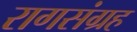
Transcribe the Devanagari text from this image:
रागसंग्रह